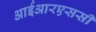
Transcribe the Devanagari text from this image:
आईआरएससी